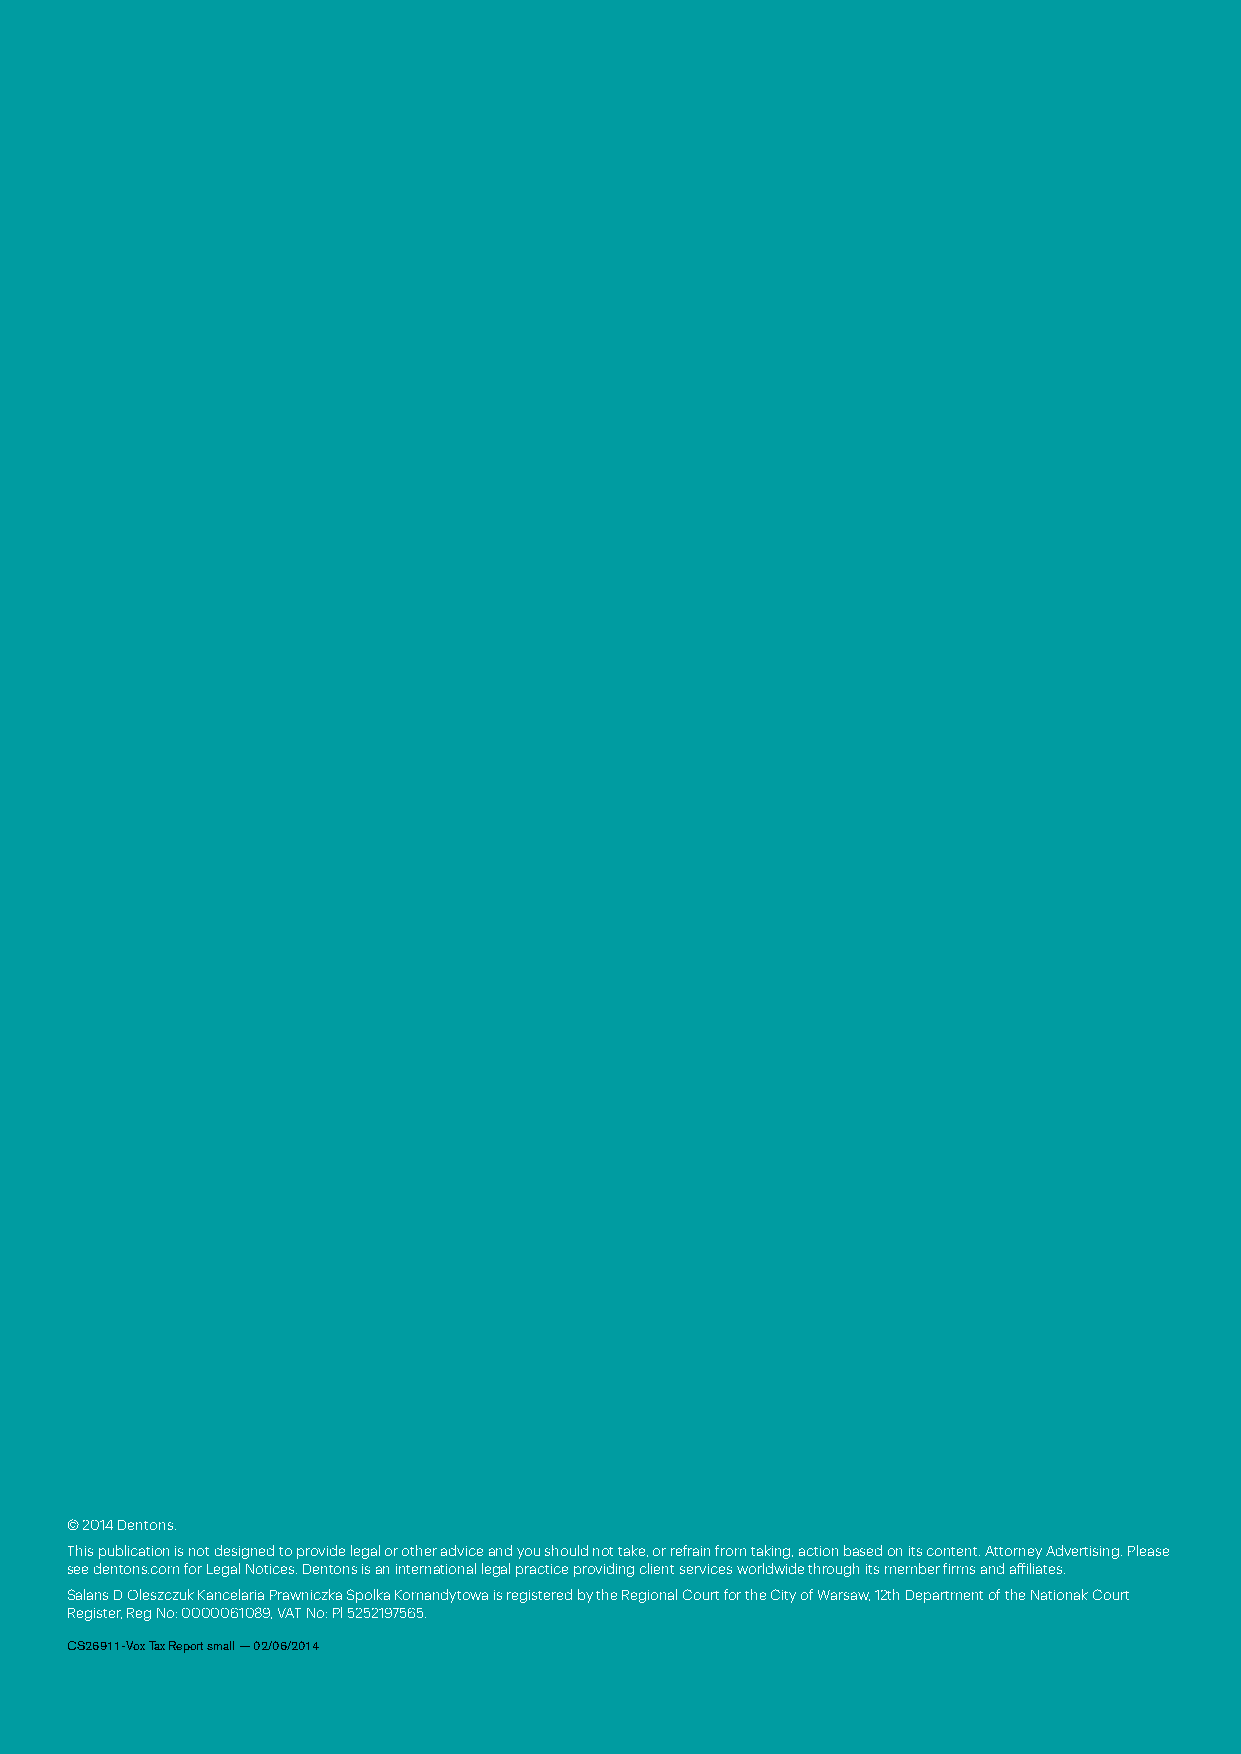
© 2014 Dentons.
 This publication is not designed to provide legal or other advice and you should not take, or refrain from taking, action based on its content. Attorney Advertising. Please
 see dentons.com for Legal Notices. Dentons is an international legal practice providing client services worldwide through its member firms and affiliates.
 Salans D Oleszczuk Kancelaria Prawniczka Spolka Komandytowa is registered by the Regional Court for the City of Warsaw, 12th Department of the Nationak Court
 Register, Reg No: 0000061089, VAT No: Pl 5252197565.
 CS26911-Vox Tax Report small — 02/06/2014